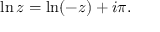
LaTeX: \ln z = \ln ( - z ) + i \pi .